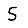
Digit: 5